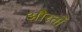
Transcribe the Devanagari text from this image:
औेरतों